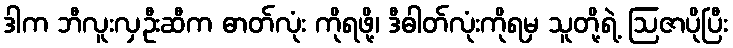
ဒါက ဘီလူးလှဦးဆီက ဓာတ်လုံး ကိုရဖို့၊ ဒီဓါတ်လုံးကိုရမှ သူတို့ရဲ့ ဩဇာပိုပြီး